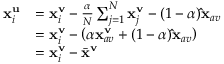
\begin{array} { r l } { \mathbf { x } _ { i } ^ { \mathbf { u } } } & { = \mathbf { x } _ { i } ^ { \mathbf { v } } - \frac { \alpha } { N } \sum _ { j = 1 } ^ { N } \mathbf { x } _ { j } ^ { \mathbf { v } } - ( 1 - \alpha ) \mathbf { \hat { x } } _ { a v } } \\ & { = \mathbf { x } _ { i } ^ { \mathbf { v } } - \left( \alpha \mathbf { x } _ { a v } ^ { \mathbf { v } } + ( 1 - \alpha ) \mathbf { \hat { x } } _ { a v } \right) } \\ & { = \mathbf { x } _ { i } ^ { \mathbf { v } } - \bar { \mathbf { x } } ^ { \mathbf { v } } } \end{array}